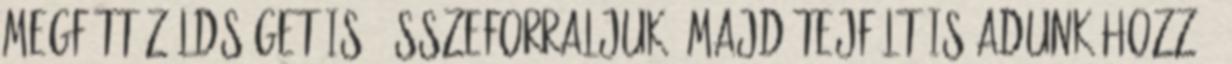
megfőtt zöldséget is. Összeforraljuk, majd tejfölt is adunk hozzá.